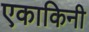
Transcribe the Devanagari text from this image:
एकाकिनी